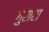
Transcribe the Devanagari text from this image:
गुरारा